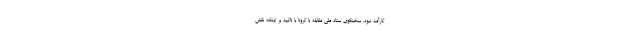
کارآمد نبود. سخنگوی ستاد ملی مقابله با کرونا با تاکید بر اینکه نقش